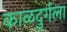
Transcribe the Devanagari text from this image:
काळदुर्गला